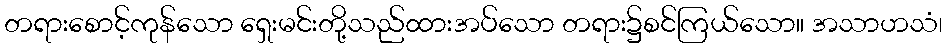
တရားစောင့်ကုန်သော ရှေးမင်းတို့သည်ထားအပ်သော တရား၌စင်ကြယ်သော။ အသာဟသံ၊